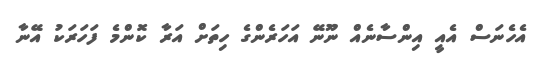
އެހެނަސް އެއީ އިންސާނެއް ނޫނޭ އަހަރެންގެ ހިތަށް އަރާ ކޮންމެ ފަހަރަކު އޭނާ